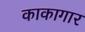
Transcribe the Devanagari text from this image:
काकागार